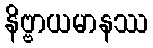
နိဗ္ဗာယမာနဿ